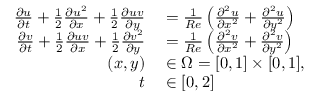
\begin{array} { r l } { \frac { \partial u } { \partial t } + \frac { 1 } { 2 } \frac { \partial u ^ { 2 } } { \partial x } + \frac { 1 } { 2 } \frac { \partial u v } { \partial y } } & { { } = \frac { 1 } { R e } \left( \frac { \partial ^ { 2 } u } { \partial x ^ { 2 } } + \frac { \partial ^ { 2 } u } { \partial y ^ { 2 } } \right) } \\ { \frac { \partial v } { \partial t } + \frac { 1 } { 2 } \frac { \partial u v } { \partial x } + \frac { 1 } { 2 } \frac { \partial v ^ { 2 } } { \partial y } } & { { } = \frac { 1 } { R e } \left( \frac { \partial ^ { 2 } v } { \partial x ^ { 2 } } + \frac { \partial ^ { 2 } v } { \partial y ^ { 2 } } \right) } \\ { ( x , y ) } & { { } \in \Omega = [ 0 , 1 ] \times [ 0 , 1 ] , } \\ { t } & { { } \in [ 0 , 2 ] } \end{array}